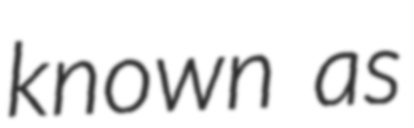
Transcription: known as